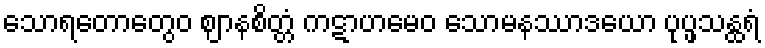
သောရတောတွေဝ ဈာနစိတ္တံ ကဋာဟမေဝ သောမနဿာဒယော ပုပ္ဖသန္ထရံ